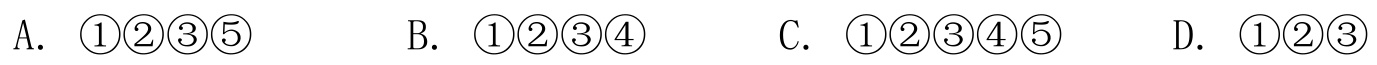
A．\(\textcircled{1}\textcircled{2}\textcircled{3}\textcircled{5}\)  B．\(\textcircled{1}\textcircled{2}\textcircled{3}\textcircled{4}\)  C．\(\textcircled{1}\textcircled{2}\textcircled{3}\textcircled{4}\textcircled{5}\)  D．\(\textcircled{1}\textcircled{2}\textcircled{3}\)